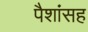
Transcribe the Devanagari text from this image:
पैशांसह